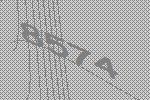
8574